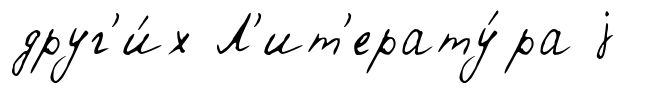
друг'и́х Л'ит'ерату́ра j